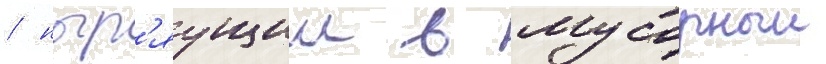
/ ныр'яущии в мусорныи